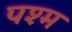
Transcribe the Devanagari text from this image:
पश्म